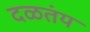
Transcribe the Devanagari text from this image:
दळतंय